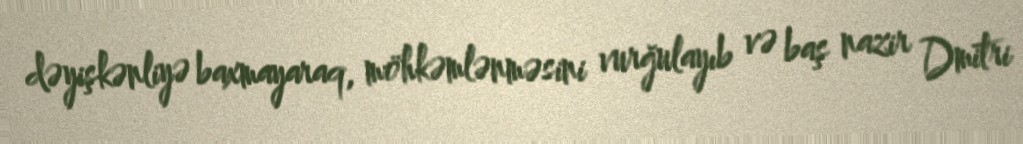
dəyişkənliyə baxmayaraq, möhkəmlənməsini vurğulayıb və baş nazir Dmitri